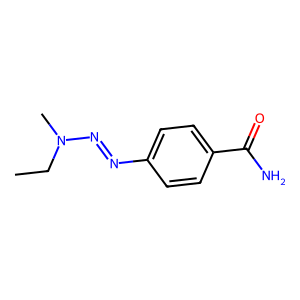
SMILES: CCN(C)N=Nc1ccc(C(N)=O)cc1
Inhibits HIV replication: No